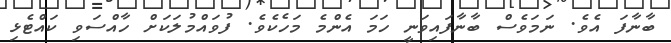
ބާނާފަ އެވެ. ނަމަވެސް ބާނާފައިވަނީ ހަމަ އެންމެ މަހެކެވެ. ފުވައްމުލަކަށް ހާއްސަވި ކައްޓެޅި